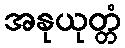
အနုယုတ္တံ